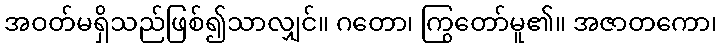
အဝတ်မရှိသည်ဖြစ်၍သာလျှင်။ ဂတော၊ ကြွတော်မူ၏။ အဇာတကော၊